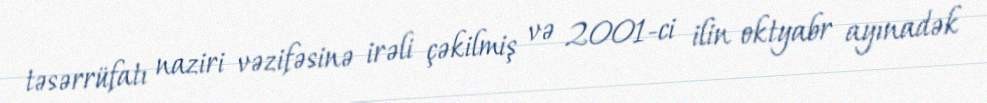
təsərrüfatı naziri vəzifəsinə irəli çəkilmiş və 2001-ci ilin oktyabr ayınadək